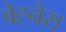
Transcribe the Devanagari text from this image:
बेह्नेस